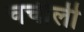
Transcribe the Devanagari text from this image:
चर्चीली